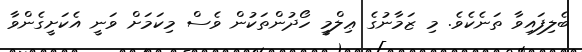
ބެލިފައިވާ ތަނެކެވެ. މި ޒަމާނުގެ ޢިލްމީ ހޯދުންތަކުން ވެސް މިކަމަށް ވަނީ އެކަށީގެންވާ